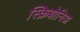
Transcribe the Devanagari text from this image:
स्क्रिबोनिअ